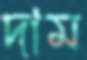
দাম